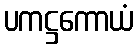
ပကဋ္ဌကောယံ